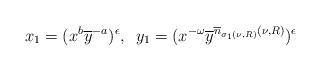
LaTeX: \begin{align*} x_1=(x^b\overline y^{-a})^{\epsilon},\,\,\, y_1=(x^{-\omega}\overline y^{\overline n_{\sigma_1(\nu,R)}(\nu,R)})^{\epsilon} \end{align*}